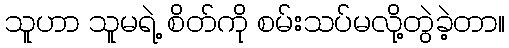
သူဟာ သူမရဲ့ စိတ်ကို စမ်းသပ်မလို့တွဲခဲ့တာ။